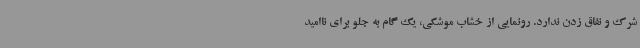
شرک و نفاق زدن ندارد. رونمایی از خشاب موشکی، یک گام به جلو برای ناامید